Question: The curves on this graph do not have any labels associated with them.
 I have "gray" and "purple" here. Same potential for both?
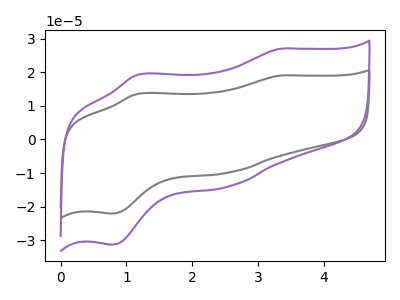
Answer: <think>The gray curve "gray" has anodic peaks at (3.35V, 19.05uA) (1.15V, 13.55uA) and cathodic peaks at (2.55V, -9.85uA) (0.75V, -22.00uA). The purple curve "purple" has anodic peaks at (3.35V, 27.00uA) (1.15V, 19.25uA) and cathodic peaks at (2.55V, -14.00uA) (0.75V, -31.25uA).
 All the peaks in "gray" have a peak in "purple" at the same potential. Every peak in "gray" is lower than every peak in "purple".</think>
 <answer>"gray" and "purple" are similar in shape.</answer>
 <eval>same_shape</eval>